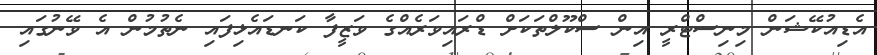
އެޑިއުކޭޝަން މިނިސްޓްރީ އިން ސްކޫލްތަކަށް ޑްރައިވަރެއްގެ ވަޒީފާ ކަނޑައެޅިފައި ނެތުމުން އެ ވޭނުގައި